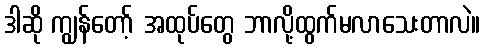
ဒါဆို ကျွန်တော့် အထုပ်တွေ ဘာလို့ထွက်မလာသေးတာလဲ။